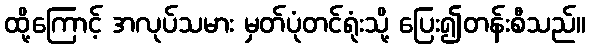
ထို့ကြောင့် အလုပ်သမား မှတ်ပုံတင်ရုံးသို့ ပြေး၍တန်းစီသည်။